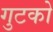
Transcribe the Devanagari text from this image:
गुटको